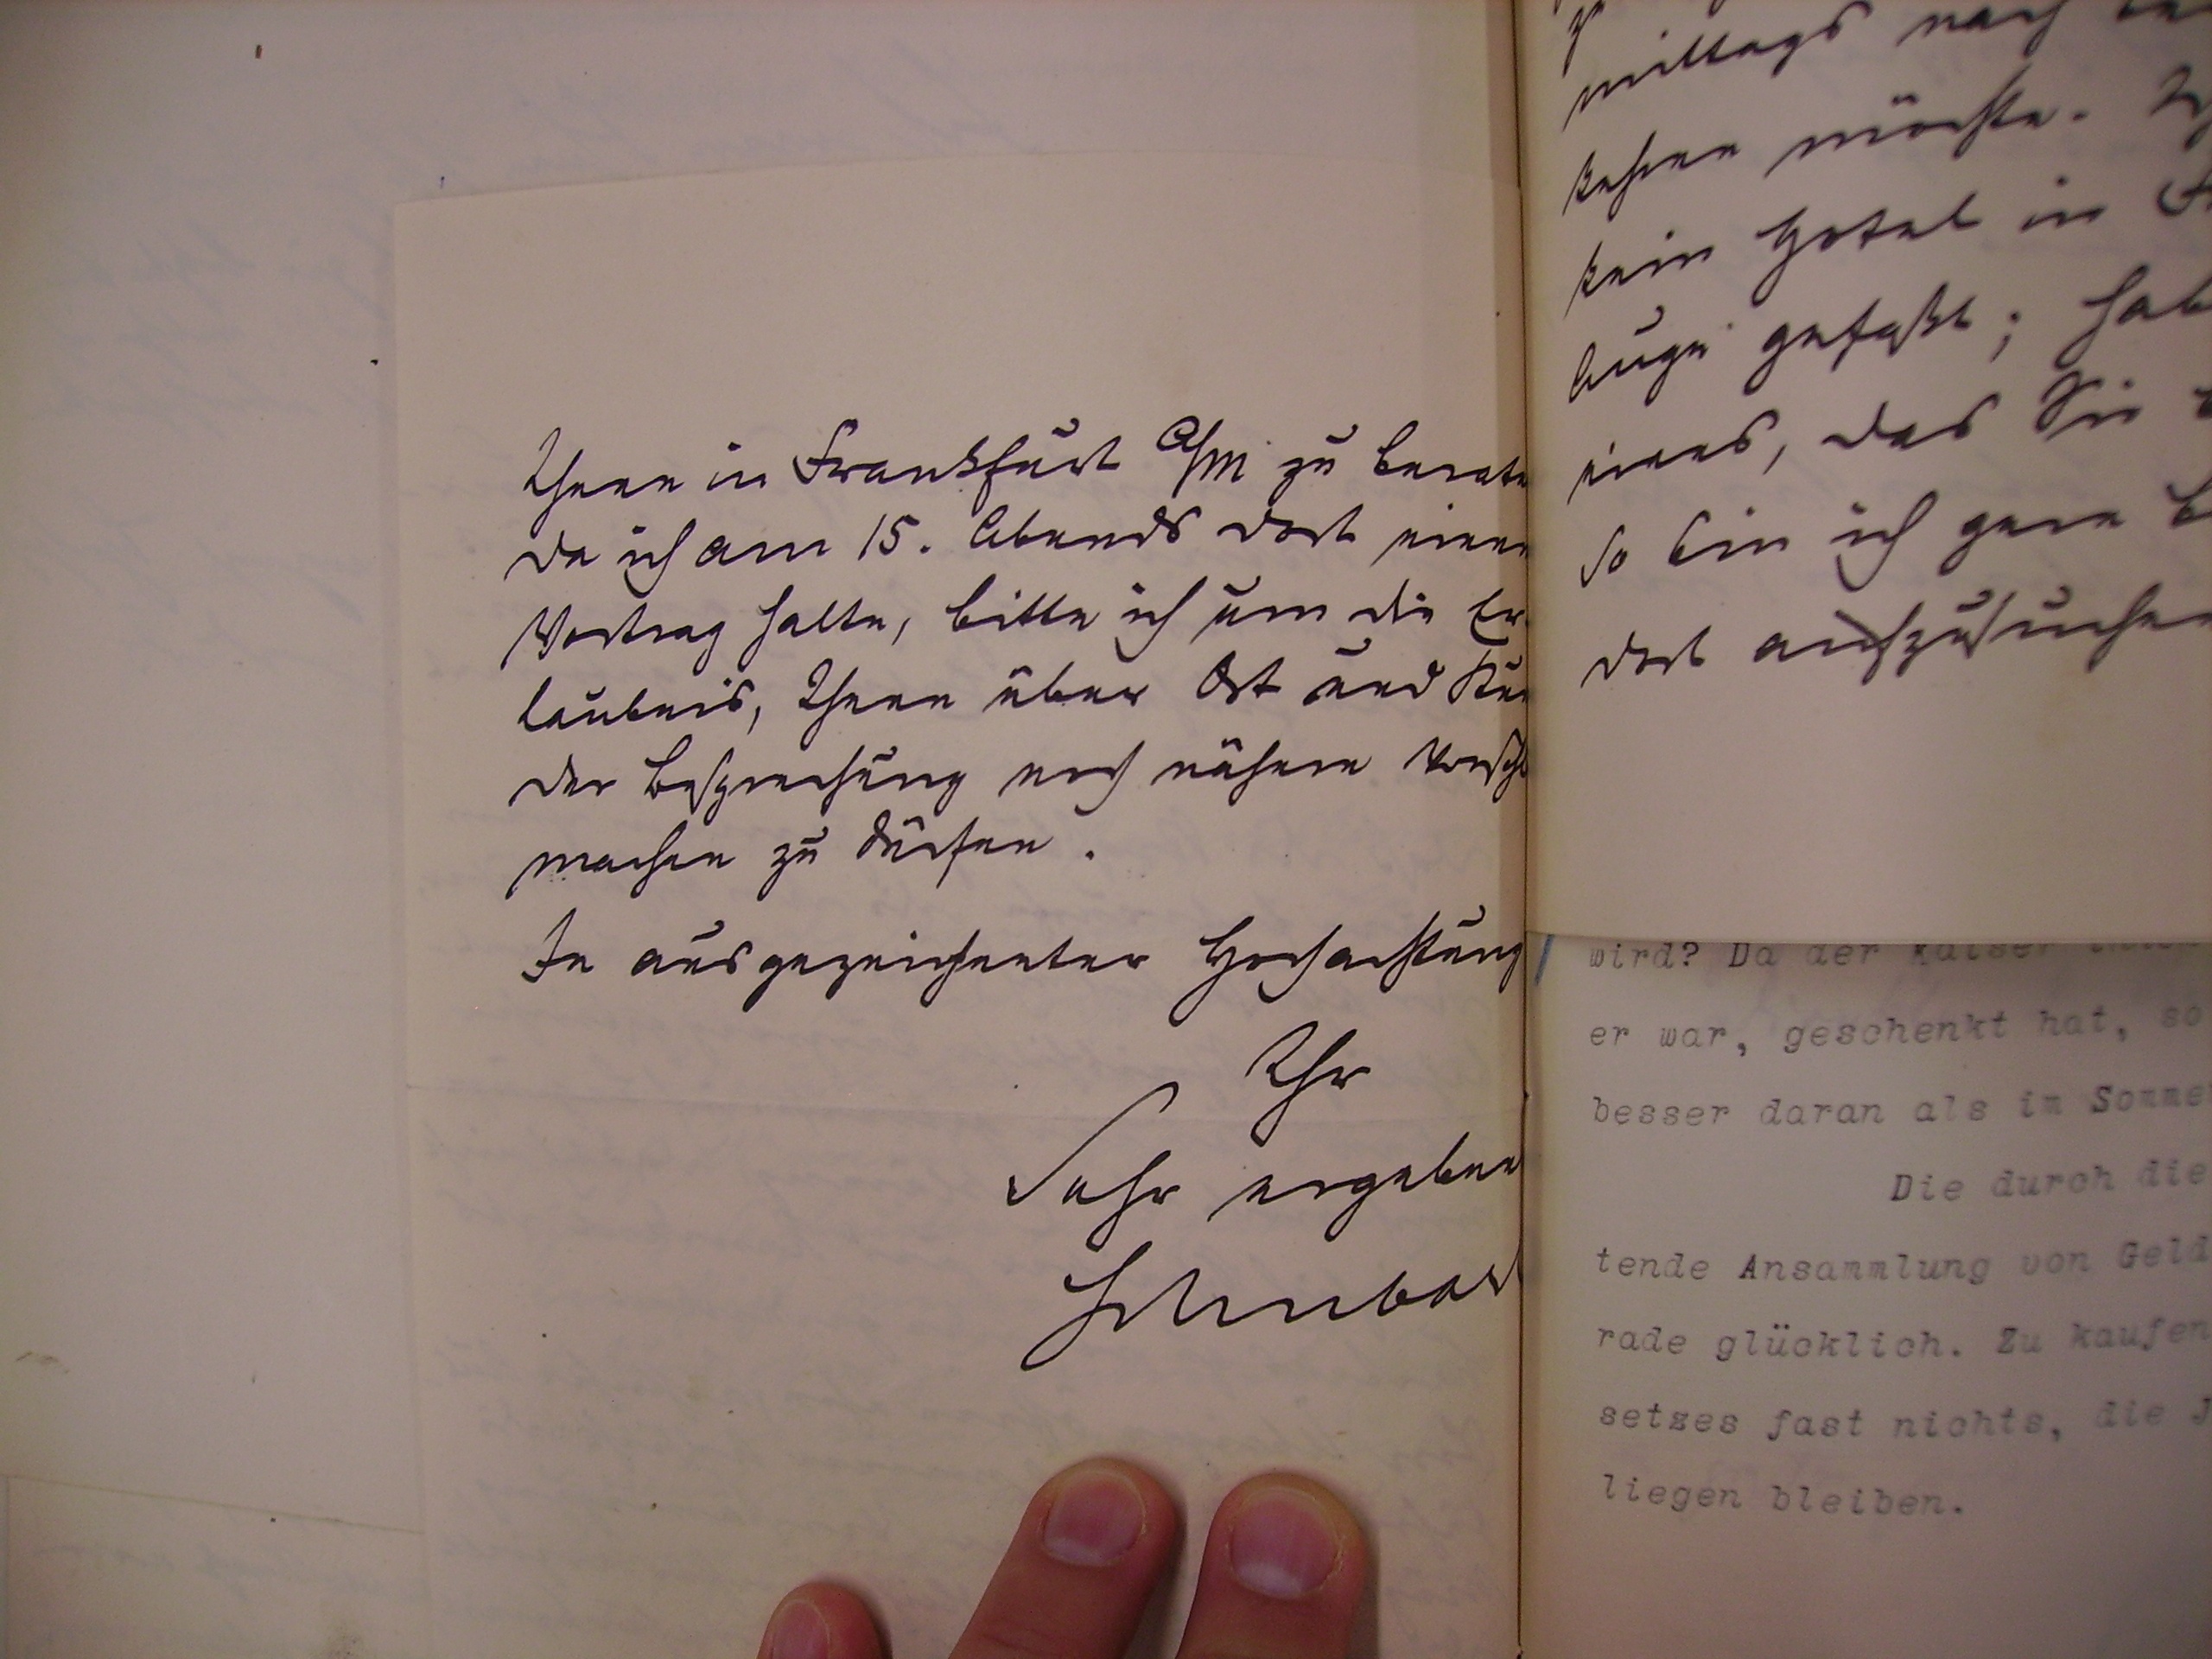
Ihnen in Frankfurt A/M zu beraten
da ich am 15. Abends noch meinen
Vortrag halte, bitte ich um die Er¬
laubnis, Ihnen über Ort und Stunde
der Besprechung noch nähere Vorschläge
machen zu dürfen.
In ausgezeichneter Hochachtung
Ihr
sehr ergebener
Schubart